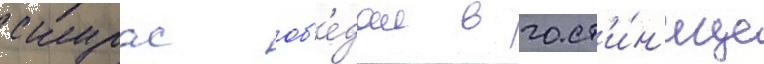
скурас об'е́дал в гост'и́н'ице